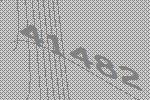
41482